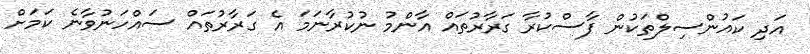
އަދި ކައުންސިލްތަކުން ފާސްކުރާ ގަރާރުތައް އާންމު ނުކުރާނަމަ އެ ގަރާރުތައް ސައްހަނުވާނެ ކަމަށް